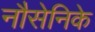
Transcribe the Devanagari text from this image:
नौसेनिके